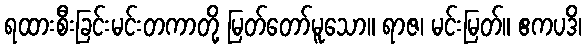
ရထားစီးခြင်းမင်းတကာတို့ မြတ်တော်မူသော။ ရာဇ၊ မင်းမြတ်။ ဧကပဒိ၊